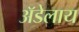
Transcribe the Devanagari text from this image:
अॅडेलाय